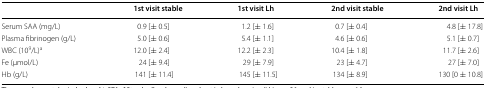
<table><thead><tr><td></td><td><b>1st visit stable</b></td><td><b>1st visit Lh</b></td><td><b>2nd visit stable</b></td><td><b>2nd visit Lh</b></td></tr></thead><tbody><tr><td>Serum SAA (mg/L)</td><td>0.9 [± 0.5]</td><td>1.2 [± 1.6]</td><td>0.7 [± 0.4]</td><td>4.8 [± 17.8]</td></tr><tr><td>Plasma fibrinogen (g/L)</td><td>5.0 [± 0.6]</td><td>5.4 [± 1.1]</td><td>4.6 [± 0.6]</td><td>5.1 [± 0.7]</td></tr><tr><td>WBC (10<sup>9</sup>/L)<sup>a</sup></td><td>12.0 [± 2.4]</td><td>12.2 [± 2.3]</td><td>10.4 [± 1.8]</td><td>11.7 [± 2.6]</td></tr><tr><td>Fe (μmol/L)</td><td>24 [± 9.4]</td><td>29 [± 7.9]</td><td>23 [± 4.7]</td><td>27 [± 7.0]</td></tr><tr><td>Hb (g/L)</td><td>141 [± 11.4]</td><td>145 [± 11.5]</td><td>134 [± 8.9]</td><td>130 [0 ± 10.8]</td></tr></tbody></table>